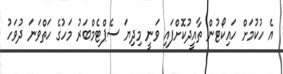
އެ ހުކުމަށް ހައިކޯޓުން ތާއީދުކޮށްފައި ވަނީ މިދިޔަ ސެޕްޓެމްބަރު މަހުގެ ހަތްވަނަ ދުވަހު